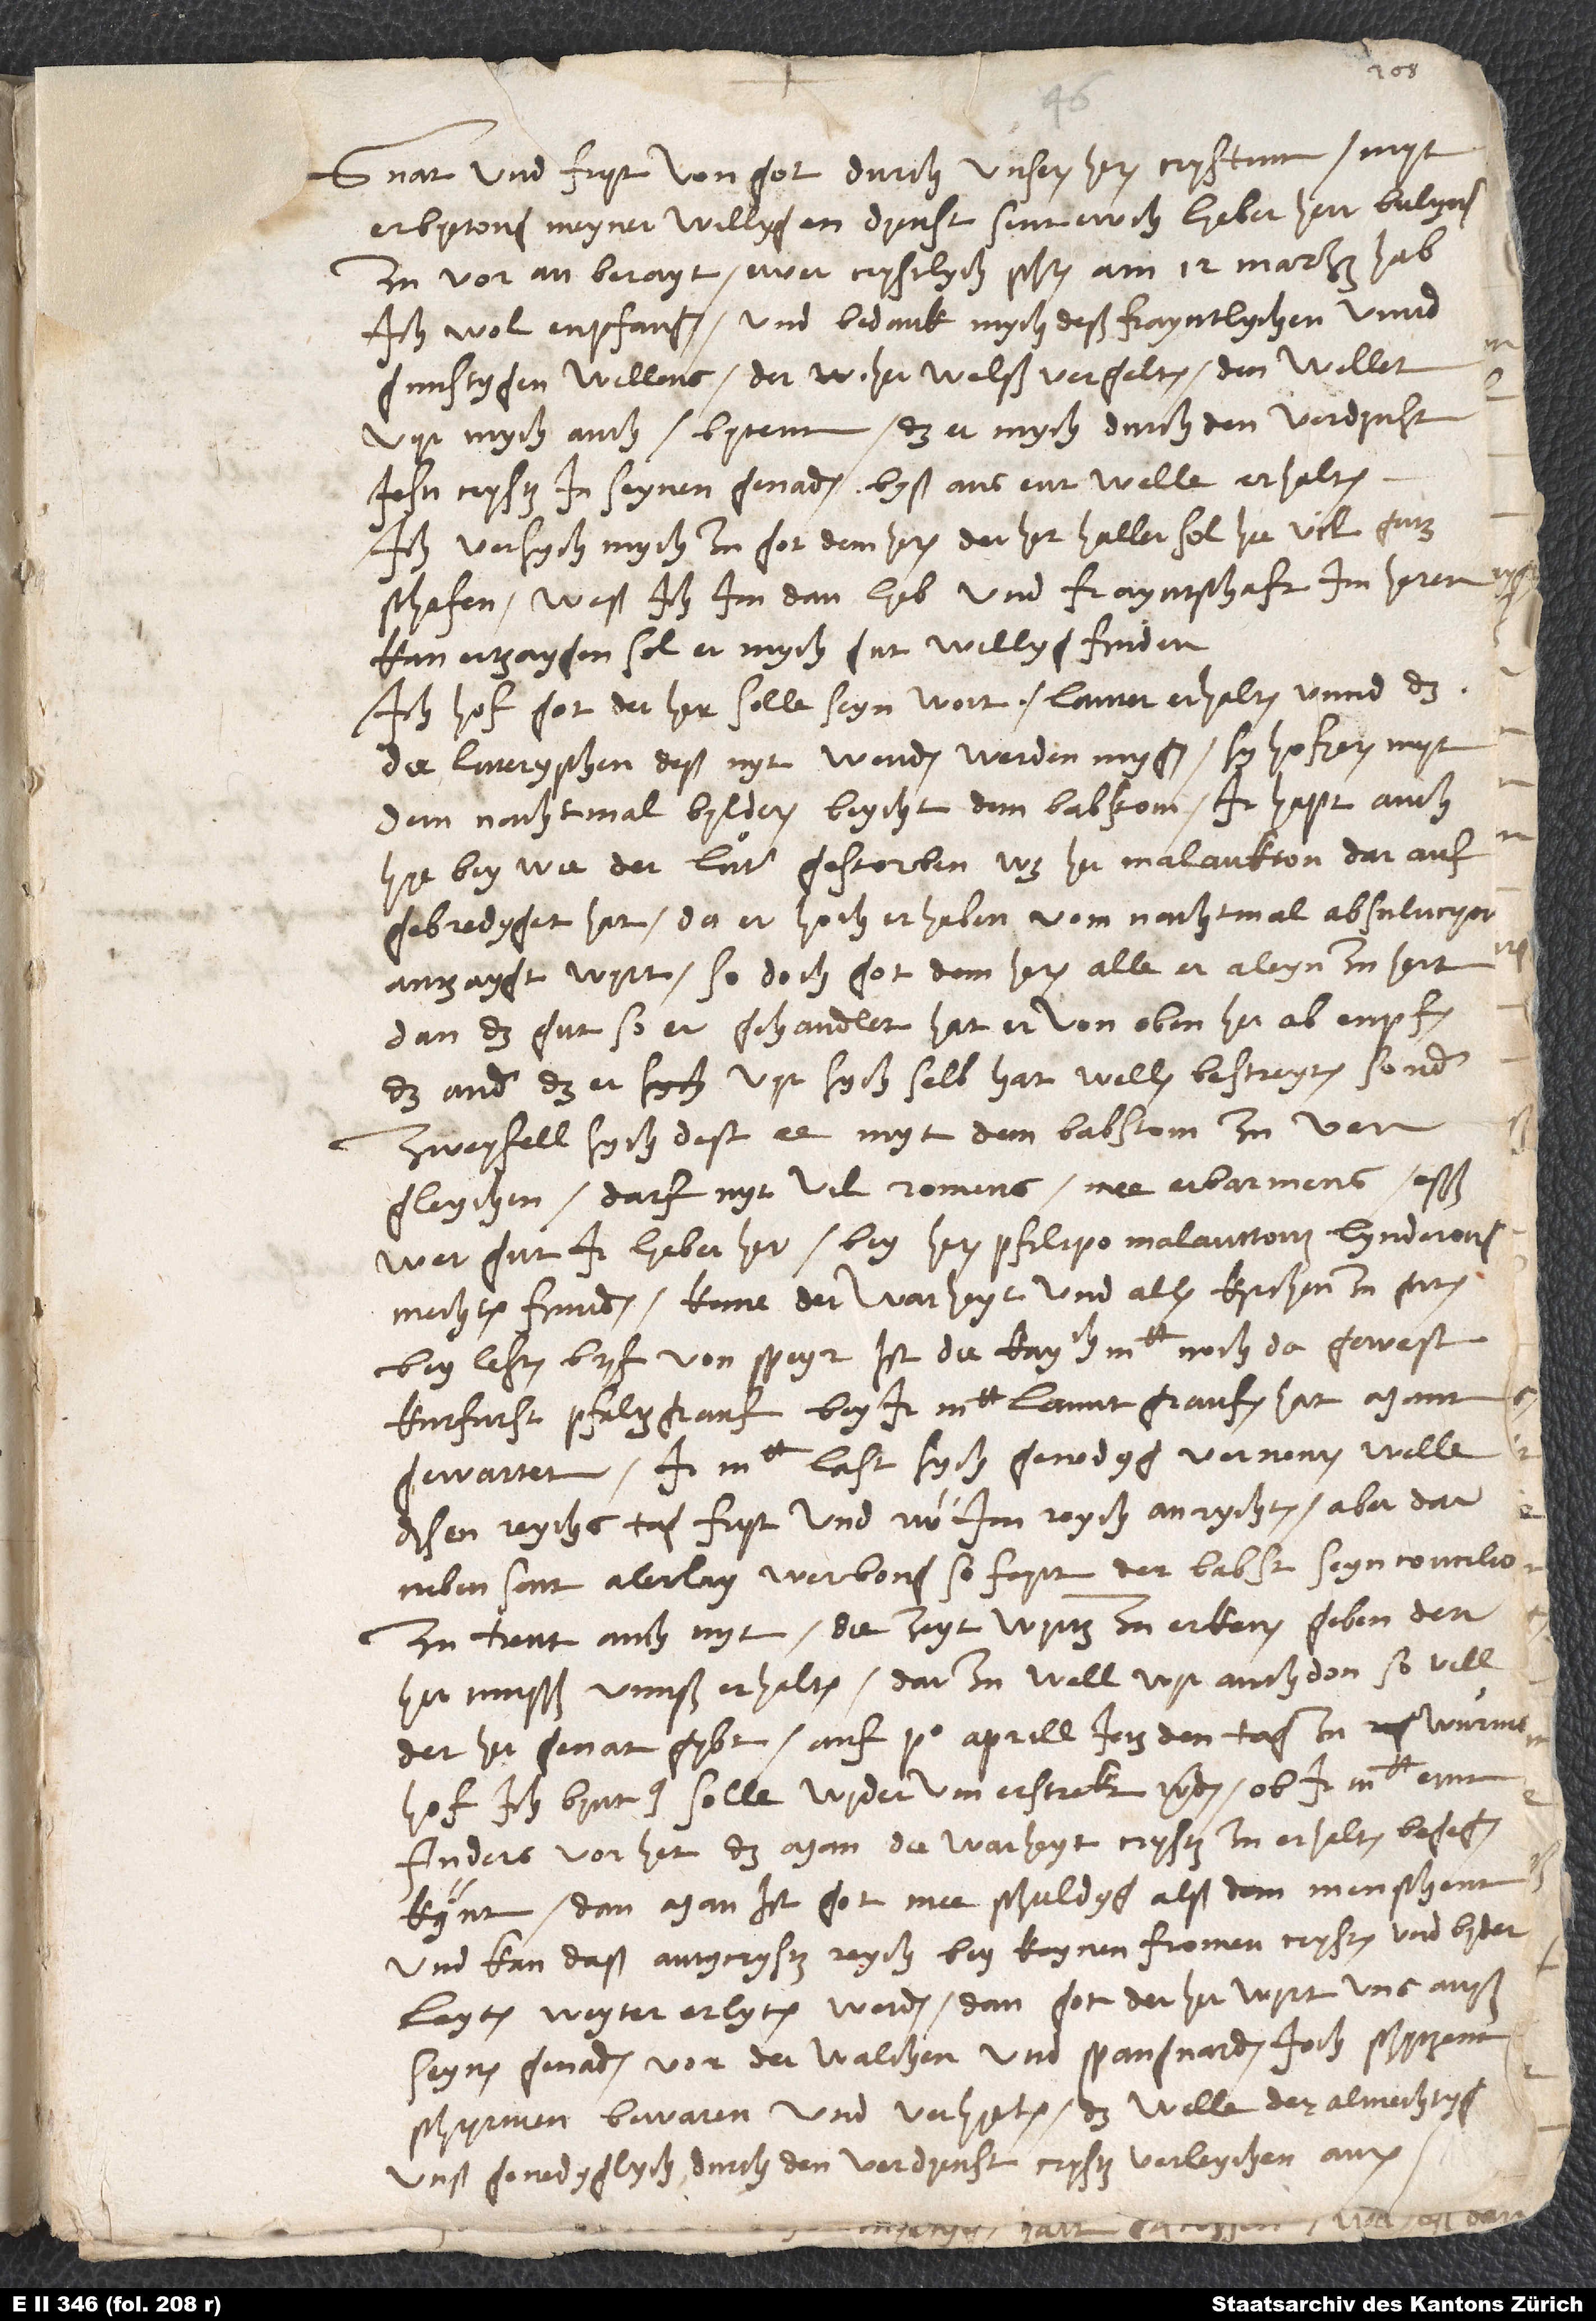
Gnat und fryd von got durch unseren heren Crystum myt
erbyetong meyner willygen dyenst sent ewch, lyeber herr Bulynger,
zu voran berayt. Ewer crystlych schreiben am 12. marzen hab
ich wol enpfangen und bedank mych deß frayntlychen unnd
gunstygen willens. Der her welß vergelten. Den wellet
vyr mych auch bytenn, das er mych durch den verdynst
Jesu Crysti in seynen genaden byß ans ent welle erhalten.
Ich versych mych zu got dem heren, der her Haller sol hie vil gutz
schafen. Weß ich im dan lyeb und frayntschaft im heren
kan ertzaygen, sol er mych gut willyg finden.
Ich hof, got der her solle seyn wort lauter erhalten unnd das
die Luteryschen deß nyt wenden werden mygen. Sy hofyeren myt
dem nachtmal, bylderen, beycht dem babstom. Ir hapt auch
hyebey, wie der Luter gestorben, was her Malankton darauf
gebredyget hat, da er hoch erhaben vom nachtmal, absulucyon
antzaygt wyrt, so doch got dem heren alle er aleyn zu hert.
Dan das gut, so er gehandlet, hat er von oben herab enpfachen,
das ander, das er vyr sych selb hat wellen bestreyten, sonder
zweyfell sych dest ee myt dem babstom zu
vergleychen, darf nyt vil romens, mee erbarmens. Esß
wer gut, ir, lyeber her, bey heren Pfilipo Malanttoni lynderong
mechten fynnden. Keme der warheyt und allen kyrchen zu gutem.
Bey lesten bryf von Speyr ist die kay. mt. noch da gewest,
kurfurst pfaltzgrauf bey ir mt., lanntgraufen hat mann
gewartet. Ir mt. last sych genedyg vernemen, welle
dysen reychstag fryt und rw im reych anrychten. Aber darneben
sent alerley werbong; so feyrt der babst und seyn concilio
zu Trent auch nyt. Die zeyt wyrtz zu erkenen geben. Der
her musß unnß erhalten! Darzu well wyr auch don, so vill
der her genat gybt. Auf primo aprill jetz den tag zu Wurms
hof ich byntnus, solle wyderum erstreckt werden (ob ir mt. einn
anders vor het), das man die warheyt Crysti zu erhalten begegnen
kynt. Dan man ist got mee schuldyg alß dem menschenn,
und kan daß antycrysti reych bey kaynen fromen crysten und byderleyten
weyter erlyten werden. Dan got der her wyrt uns auß
seynen genaden vor der Walchen und Spangnarden joch schytzenn,
schyrmen, bewaren und verhyeten. Das welle der almechtyg
uns genedyglych durch den verdyenst crysti verleychen, amen!